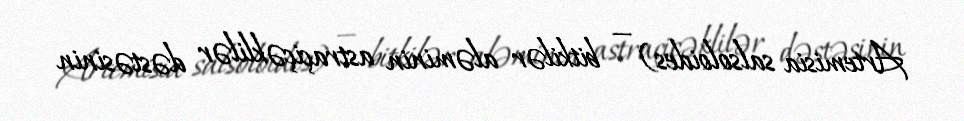
Artemisia salsoloides) — bitkilər aləminin astraçiçəklilər dəstəsinin